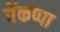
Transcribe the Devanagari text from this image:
वेंकप्पा